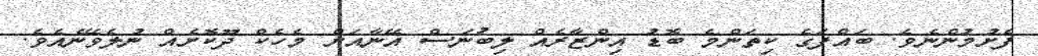
ފެށުމުންނެވެ. ބައްޕަގެ ކިތަންމެ ބޮޑު އިންޒާރެއް ލިބުނަސް އޭނާއަށް މެހެކް ދޫކޮށެއް ނުލެވޭނެއެވެ.